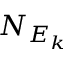
{ \cal N } _ { E _ { k } }